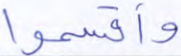
وأقسموا